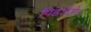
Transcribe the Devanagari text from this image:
पिडलेले